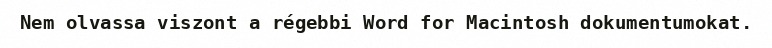
Nem olvassa viszont a régebbi Word for Macintosh dokumentumokat.